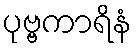
ပုဗ္ဗကာရိနံ